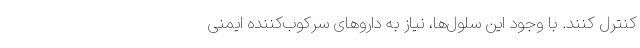
کنترل کنند. با وجود این سلول‌ها، نیاز به داروهای سرکوب‌کننده ایمنی